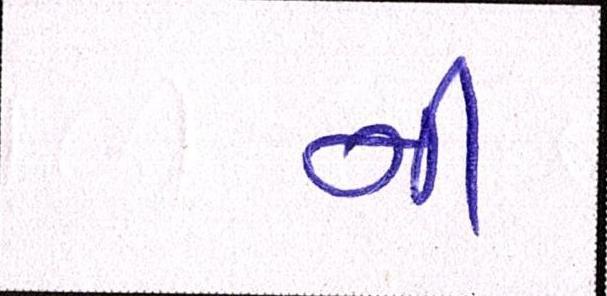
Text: નીં